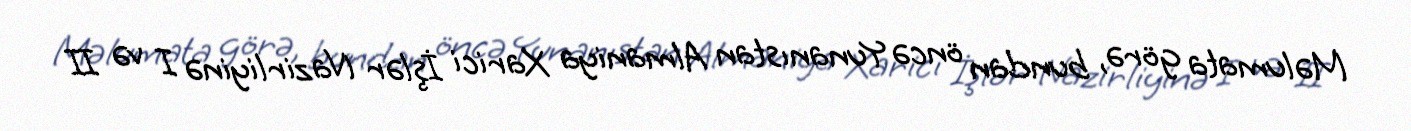
Məlumata görə, bundan öncə Yunanıstan Almaniya Xarici İşlər Nazirliyinə I və II